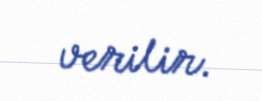
verilir.